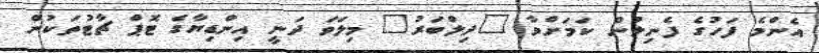
އެންމެ ފަހުގެ ފެނިލުން ކަމަށްވާ "ދިލްބަރު" މިލަވަ ދަނީ އިންޑިޔާގެ ޓޮޕް ޗާޓުތަކުން